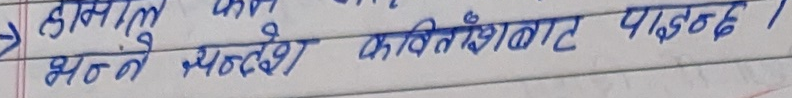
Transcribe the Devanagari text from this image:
हाम्रो कान्सुलु
भन्ते सन्देश कवितांशबाट पाइज्छ।